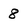
Character: 8